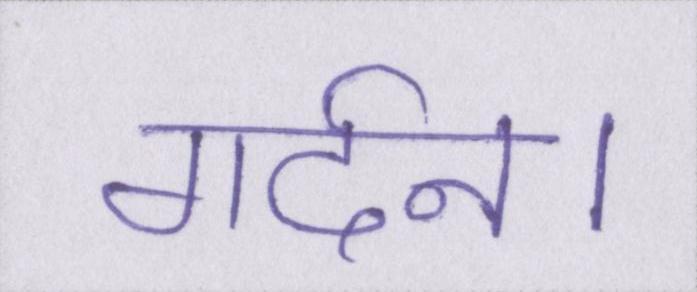
गर्दन।